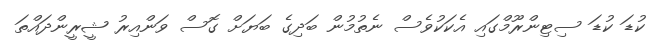
ކުޑަ ކުޑަ ސިޓިންރޫމްގައި އެކަކުވެސް ނެތުމުން ބަދިގެ ބަޔަށް ގޮސް ވަންއިރު ޝީރީންދައްތަ